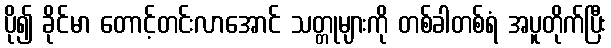
ပို၍ ခိုင်မာ တောင့်တင်းလာအောင် သတ္တုများကို တစ်ခါတစ်ရံ အပူတိုက်ပြီး